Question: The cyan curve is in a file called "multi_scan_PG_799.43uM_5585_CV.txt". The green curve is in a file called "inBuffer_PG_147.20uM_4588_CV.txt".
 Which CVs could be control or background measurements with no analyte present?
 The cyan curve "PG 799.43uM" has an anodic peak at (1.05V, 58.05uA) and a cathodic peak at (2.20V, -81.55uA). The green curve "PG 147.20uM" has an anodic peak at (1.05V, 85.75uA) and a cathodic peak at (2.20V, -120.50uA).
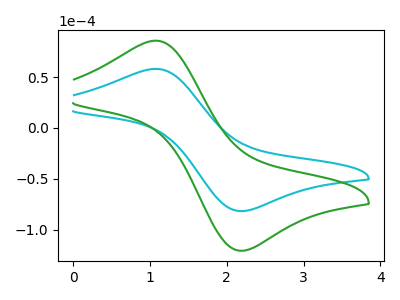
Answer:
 <answer>There are not any CV's on this graph that are likely to be blanks.</answer>
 <eval>none</eval>